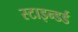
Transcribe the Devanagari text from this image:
स्टाइन्डर्ड